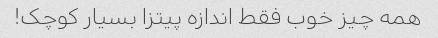
همه چیز خوب فقط اندازه پیتزا بسیار کوچک!